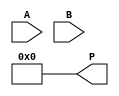
module radix4_multiplier #(parameter WIDTH = 8) (
    input signed [WIDTH-1:0] A,      // Multiplicand
    input signed [WIDTH-1:0] B,      // Multiplier
    output reg signed [2*WIDTH-1:0] P // Product
);

// Internal Signals
reg signed [WIDTH-1:0] partial_products [0:3]; // Array for partial products
reg [WIDTH+1:0] B_reg;                // Extended multiplier
reg [WIDTH+1:0] A_ext;                // Extended multiplicand
integer i;

// Extended A and B for signed multiplication
always @(*) begin
    A_ext = {A, 2'b00};               // Extend A with two zeros
    B_reg = {1'b0, B};                // Extend B with zero sign bit
    P = 0;                            // Initialize product
end

// Generate partial products based on Booth's encoding
always @(*) begin
    // Reset partial products
    partial_products[0] = 0;
    partial_products[1] = 0;
    partial_products[2] = 0;
    partial_products[3] = 0;

    for (i = 0; i < WIDTH; i = i + 2) begin
        case (B_reg[i+1:i])               // Check two bits of B
            2'b00: partial_products[i/2] = 0;                // No action
            2'b01: partial_products[i/2] = A;                 // Add A
            2'b10: partial_products[i/2] = -A;                // Subtract A
            2'b11: partial_products[i/2] = A << 1;            // Add 2A
        endcase
    end
end

// Accumulate partial products
always @(*) begin
    P = 0;  // Initialize product
    for (i = 0; i < (WIDTH / 2) + 1; i = i + 1) begin
        P = P + (partial_products[i] << (i * 2));  // Shift and accumulate
    end
end

endmodule